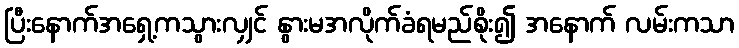
ပြီးနောက်အရှေ့ကသွားလျှင် နွားမအလိုက်ခံရမည်စိုး၍ အနောက် လမ်းကသာ